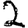
Digit: 2